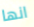
انها